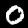
Label: 0